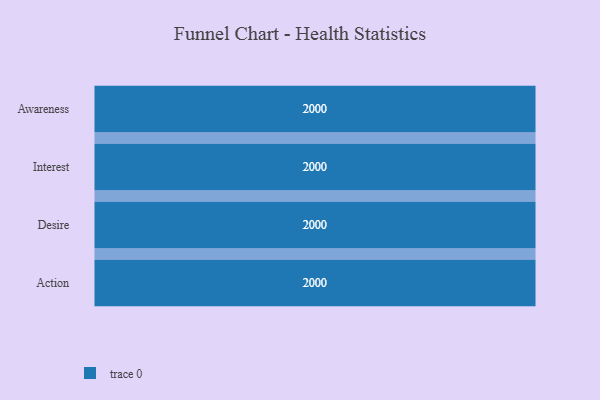
{"axis": {"x": "Stage", "y": "Value"}, "legend": [""], "data": [{"x": "Awareness", "y": 2000, "type": ""}, {"x": "Interest", "y": 2000, "type": ""}, {"x": "Desire", "y": 2000, "type": ""}, {"x": "Action", "y": 2000, "type": ""}]}